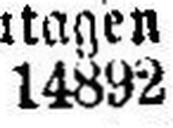
14892